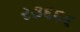
ર૩૬૬૬